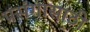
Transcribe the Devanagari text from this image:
प्रसंगासाठी